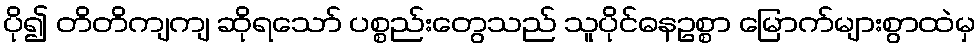
ပို၍ တိတိကျကျ ဆိုရသော် ပစ္စည်းတွေသည် သူပိုင်ဓနဥစ္စာ မြောက်များစွာထဲမှ